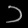
Digit: ၁